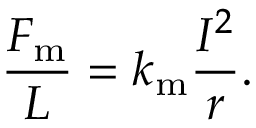
{ \frac { F _ { \mathrm { m } } } { L } } = k _ { \mathrm { m } } { \frac { I ^ { 2 } } { r } } .